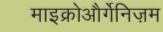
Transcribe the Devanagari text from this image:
माइक्रोऔर्गेनिज़म